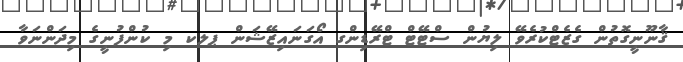
ޤާނޫނީގޮތުން ގެޒެޓްކުރެވޭ ލިޔުން ސްޓޭޓް ޓްރޭޑިންގ އޯގަނައިޒޭޝަން ޕލކ މި ކުންފުނީގެ މިދަންނަވާ